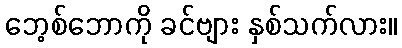
ဘေ့စ်ဘောကို ခင်ဗျား နှစ်သက်လား။